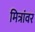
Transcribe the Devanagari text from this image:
मित्रांवर